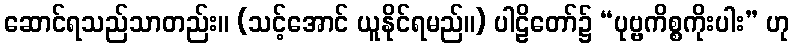
ဆောင်ရသည်သာတည်း။ (သင့်အောင် ယူနိုင်ရမည်။) ပါဠိတော်၌ “ပုဗ္ဗကိစ္စကိုးပါး” ဟု